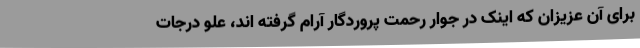
برای آن عزیزان که اینک در جوار رحمت پروردگار آرام گرفته اند، علو درجات